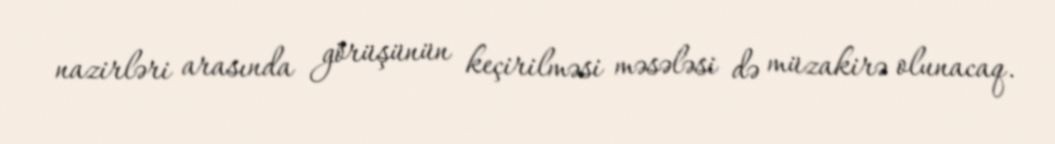
nazirləri arasında görüşünün keçirilməsi məsələsi də müzakirə olunacaq.